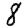
Digit: 8